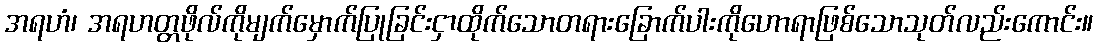
အရဟံ၊ အရဟတ္တဖိုလ်ကိုမျက်မှောက်ပြုခြင်းငှာထိုက်သောတရားခြောက်ပါးကိုဟောရာဖြစ်သောသုတ်လည်းကောင်း။